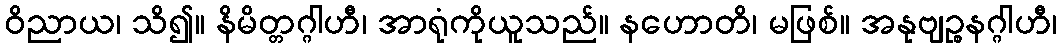
ဝိညာယ၊ သိ၍။ နိမိတ္တဂ္ဂါဟီ၊ အာရုံကိုယူသည်။ နဟောတိ၊ မဖြစ်။ အနုဗျဉ္စနဂ္ဂါဟီ၊